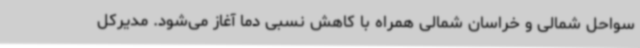
سواحل شمالی و خراسان شمالی همراه با کاهش نسبی دما آغاز می‌شود. مدیرکل